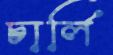
চার্লি